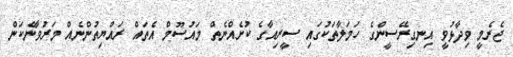
ޖެރެމީ ވިދާޅުވީ އިނގިރޭސީންގެ ހަމަލާތަކުގައި ސީރިއާގެ ކުށެއްނެތް މައުސޫމް އެތައް ރައްޔިތުންނެއް މަރުވާނެކަން